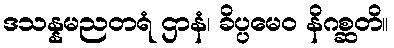
ဒသန္နမညတရံ ဌာနံ၊ ခိပ္ပမေဝ နိဂစ္ဆတိ။